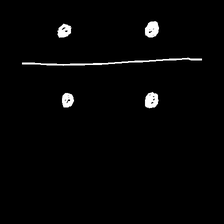
Glyph: cool